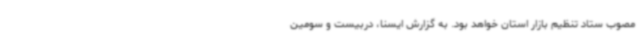
مصوب ستاد تنظیم بازار استان خواهد بود. به گزارش ایسنا، دربیست و سومین